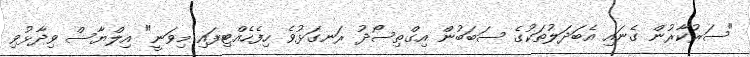
"ސަރުކާރުން ގެނައި އެބަދަލުތަކުގެ ސަބަބުން އިގްތިސޯދު ރަނގަޅުވެ ހިފެހެއްޓިފައި މިވަނީ" އިލްޔާސް ވިދާޅުވި